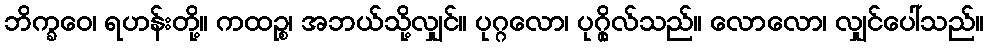
ဘိက္ခဝေ၊ ရဟန်းတို့။ ကထဉ္စ၊ အဘယ်သို့လျှင်။ ပုဂ္ဂလော၊ ပုဂ္ဂိုလ်သည်။ လောလော၊ လျှင်ပေါ်သည်။